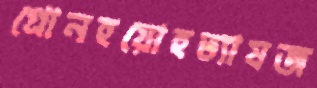
গ্রোনহয়োহত্যাযজ